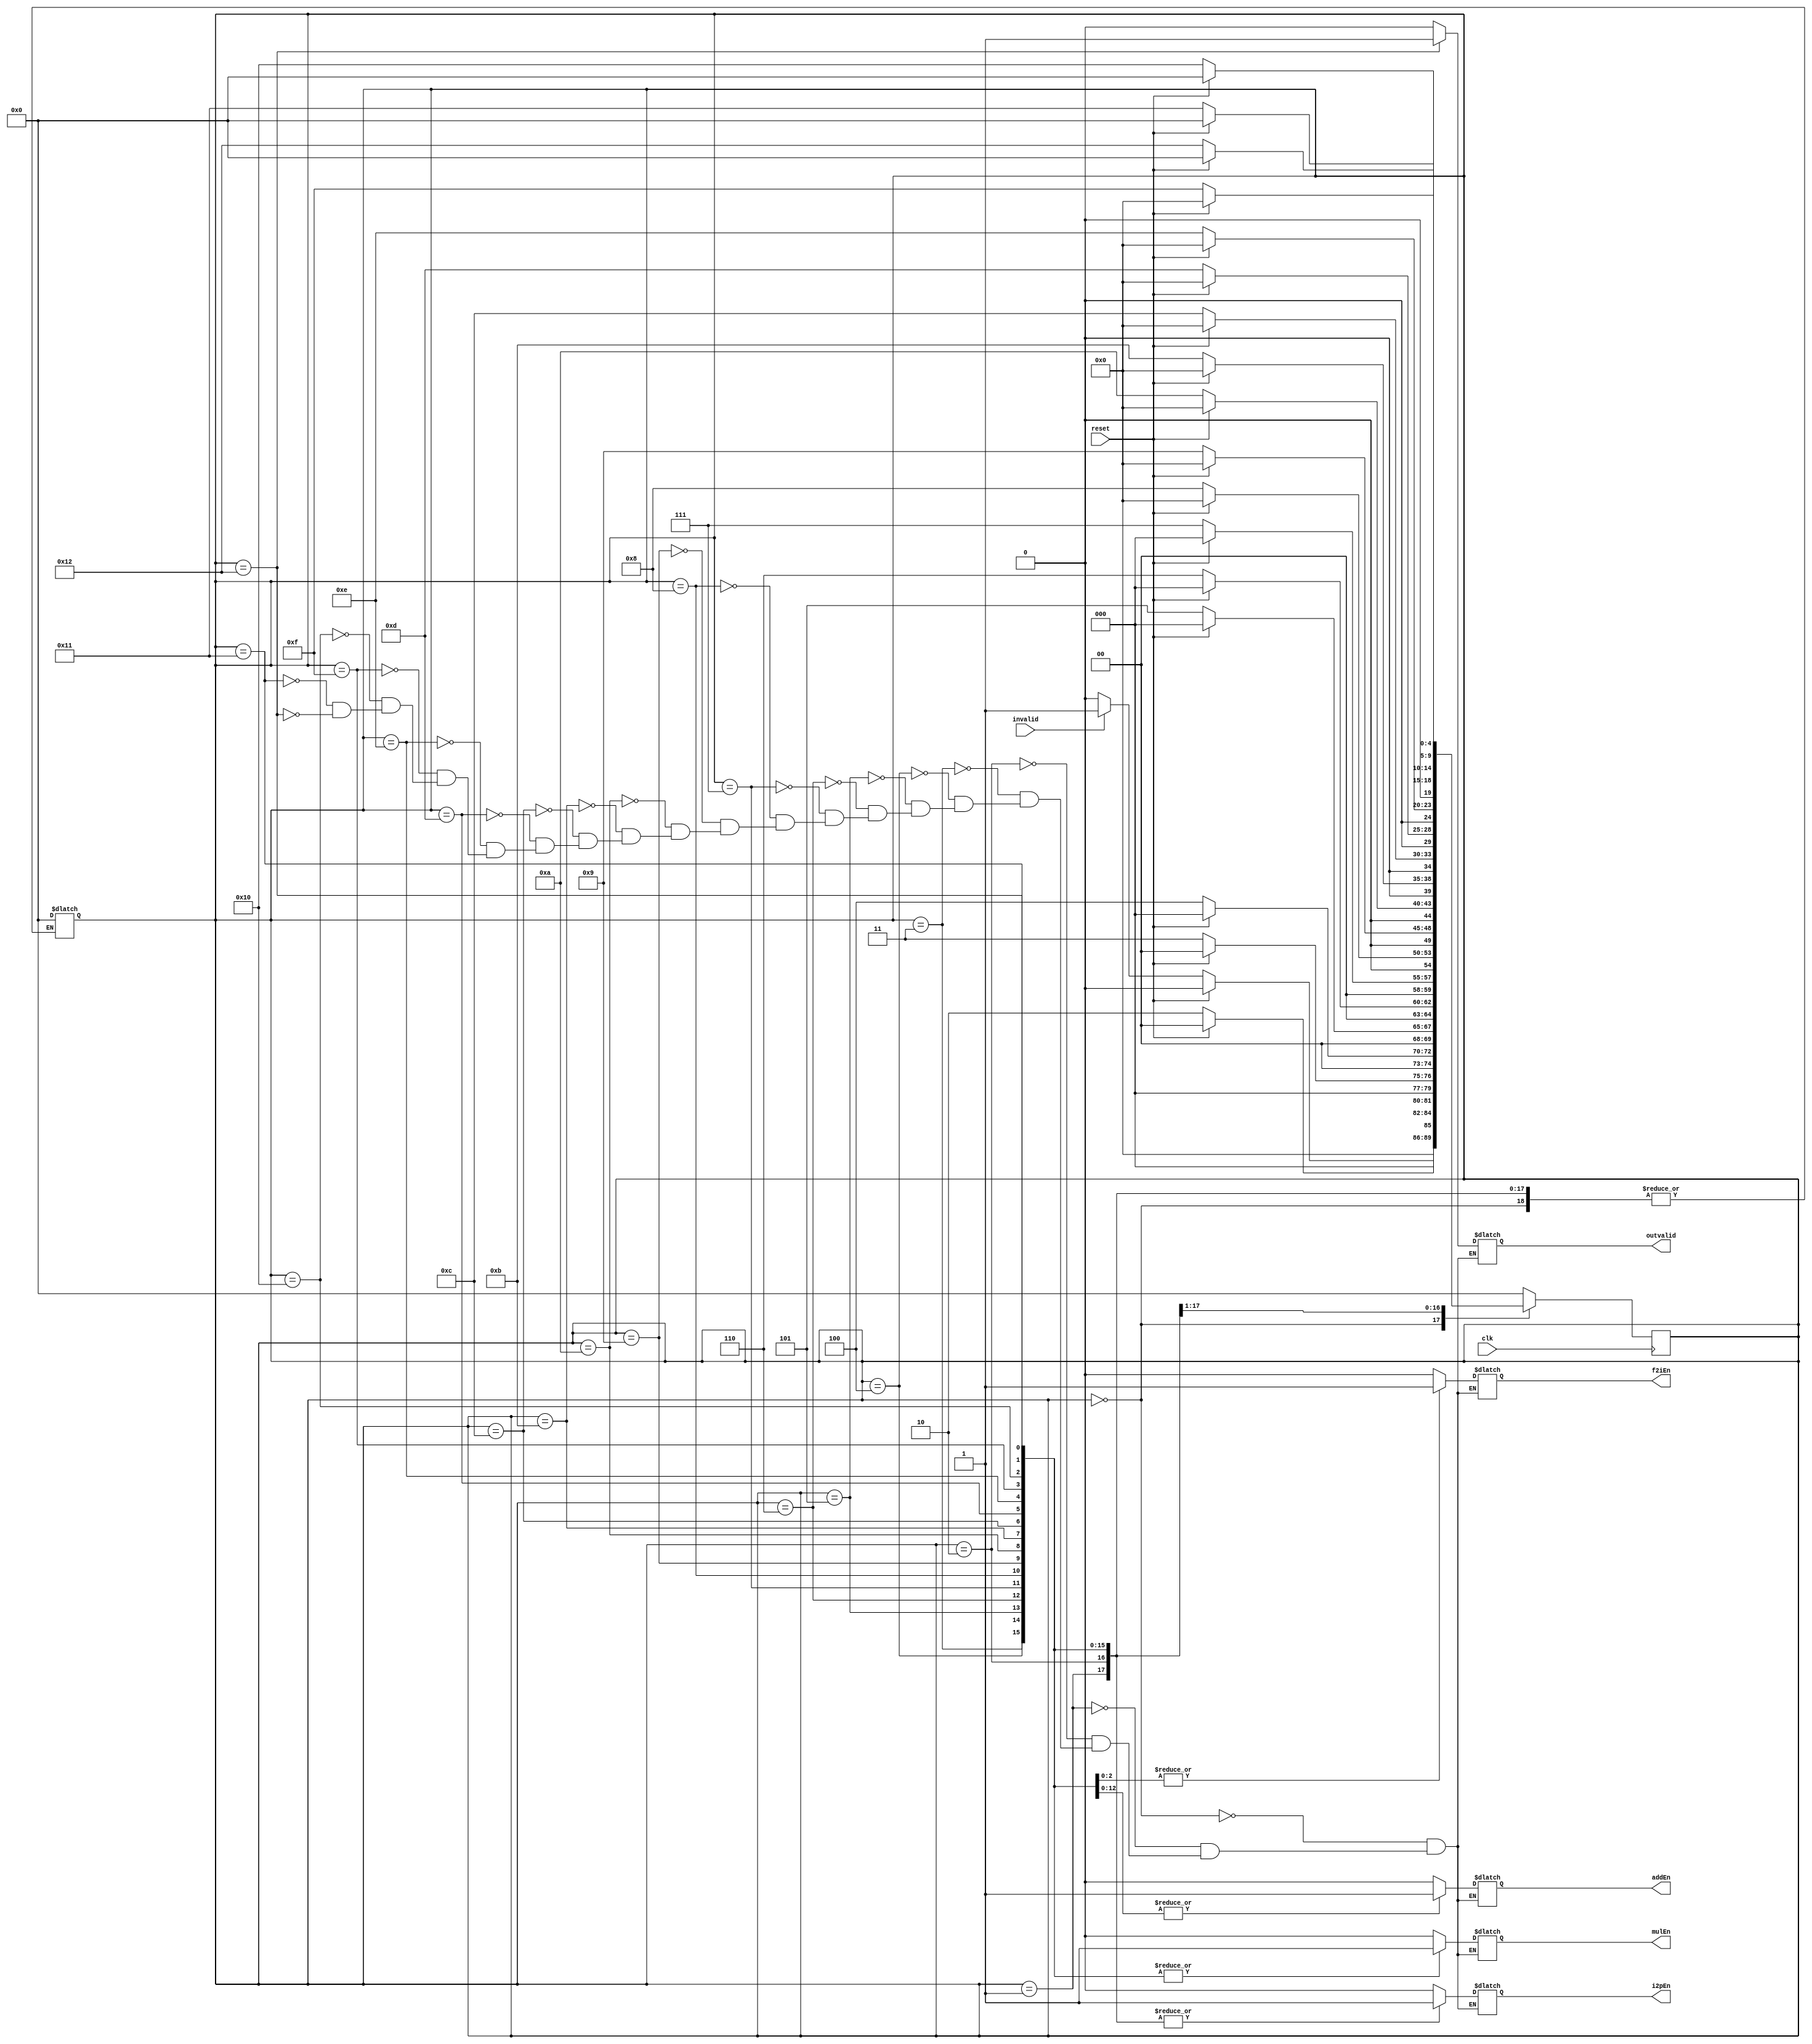
module controller(clk,reset,invalid,i2pEn,mulEn,addEn,f2iEn,outvalid);
  input clk,reset,invalid;
  output reg i2pEn,mulEn,addEn,f2iEn,outvalid;
  
   parameter S0 = 5'b00000;
   parameter S1 = 5'b00001;
   parameter S2 = 5'b00010;
   parameter S3 = 5'b00011;
   parameter S4 = 5'b00100;
   parameter S5 = 5'b00101;
   parameter S6 = 5'b00110;
   parameter S7 = 5'b00111;
   parameter S8 = 5'b01000;
   parameter S9 = 5'b01001;
   parameter S10 = 5'b01010;
   parameter S11 = 5'b01011;
   parameter S12 = 5'b01100;
	parameter S13 = 5'b01101;
	parameter S14 = 5'b01110;
	parameter S15 = 5'b01111;
	parameter S16 = 5'b10000;
	parameter S17 = 5'b10001;
	parameter S18 = 5'b10010;
	
	reg [4:0] Next_State;
  always @(posedge clk) begin
      case (Next_State)
         S0: begin
            if (reset) begin
               Next_State <= S0;
            end
            else if(invalid) begin
               Next_State <= S1;
            end
				else begin
               Next_State <= S0;
            end
         end
         S1: begin
            if (!reset) begin
               Next_State <= S2;
            end
            else begin
               Next_State <= S0;
            end
         end
         S2: begin
            if (!reset) begin
               Next_State <= S3;
            end
            else begin
               Next_State <= S0;
            end
         end
         S3: begin
            if (!reset) begin
               Next_State <= S4;
            end
            else begin
               Next_State <= S0;
            end
         end
         S4: begin
            if (!reset) begin
               Next_State <= S5;
            end
            else begin
               Next_State <= S0;
            end
         end
         S5: begin
            if (!reset) begin
               Next_State <= S6;
            end
            else begin
               Next_State <= S0;
            end
         end
         S6:begin
            if (!reset) begin
               Next_State <= S7;
            end
            else begin
               Next_State <= S0;
            end
         end
         S7: begin
            if (!reset) begin
               Next_State <= S8;
            end
            else begin
               Next_State <= S0;
            end
         end
         S8:begin
            if (!reset) begin
               Next_State <= S9;
            end
            else begin
               Next_State <= S0;
            end
         end
         S9:begin
            if (!reset) begin
               Next_State <= S10;
            end
            else begin
               Next_State <= S0;
            end
         end
         S10:begin
            if (!reset) begin
               Next_State <= S11;
            end
            else begin
               Next_State <= S0;
            end
         end
			S11:begin
            if (!reset) begin
               Next_State <= S12;
            end
            else begin
               Next_State <= S0;
            end
         end
			S12:begin
            if (!reset) begin
               Next_State <= S13;
            end
            else begin
               Next_State <= S0;
            end
         end
			S13:begin
            if (!reset) begin
               Next_State <= S14;
            end
            else begin
               Next_State <= S0;
            end
         end
			S14:begin
            if (!reset) begin
               Next_State <= S15;
            end
            else begin
               Next_State <= S0;
            end
         end
			S15:begin
            if (!reset) begin
               Next_State <= S16;
            end
            else begin
               Next_State <= S0;
            end
         end
			S16:begin
            if (!reset) begin
               Next_State <= S17;
            end
            else begin
               Next_State <= S0;
            end
         end
			S17:begin
            if (!reset) begin
               Next_State <= S18;
            end
            else begin
               Next_State <= S0;
            end
         end
         default: Next_State <= S0;
      endcase
   end
	
	always @(Next_State) begin
      case (Next_State)
         S0: begin /*i2pEn,mulEn,addEn,f2iEn,outvalid*/
            i2pEn  		<=0;
            mulEn 		<=0;
            addEn    	<=0;
            f2iEn  		<=0;
            outvalid    <=0;
         end
         S1: begin
             i2pEn  		<=1;
            mulEn 		<=0;
            addEn    	<=0;
            f2iEn  		<=0;
            outvalid    <=0;
         end
         S2: begin
             i2pEn  		<=1;
            mulEn 		<=0;
            addEn    	<=0;
            f2iEn  		<=0;
            outvalid    <=0;
         end
         S3: begin
             i2pEn  		<=1;
            mulEn 		<=1;
            addEn    	<=0;
            f2iEn  		<=0;
            outvalid    <=0;
         end
         S4: begin
             i2pEn  		<=1;
            mulEn 		<=1;
            addEn    	<=0;
            f2iEn  		<=0;
            outvalid    <=0;
         end
         S5:begin
             i2pEn  		<=1;
            mulEn 		<=1;
            addEn    	<=0;
            f2iEn  		<=0;
            outvalid    <=0;
         end
         S6: begin
             i2pEn  		<=1;
            mulEn 		<=1;
            addEn    	<=1;
            f2iEn  		<=0;
            outvalid    <=0;
         end
         S7: begin
             i2pEn  		<=1;
            mulEn 		<=1;
            addEn    	<=1;
            f2iEn  		<=0;
            outvalid    <=0;
         end
         S8: begin
             i2pEn  		<=1;
            mulEn 		<=1;
            addEn    	<=1;
            f2iEn  		<=0;
            outvalid    <=0;
         end
         S9: begin
             i2pEn  		<=1;
            mulEn 		<=1;
            addEn    	<=1;
            f2iEn  		<=0;
            outvalid    <=0;
         end
         S10: begin
             i2pEn  		<=1;
            mulEn 		<=1;
            addEn    	<=1;
            f2iEn  		<=0;
            outvalid    <=0;
         end
         S11: begin
             i2pEn  		<=1;
            mulEn 		<=1;
            addEn    	<=1;
            f2iEn  		<=0;
            outvalid    <=0;
         end
			S12: begin
             i2pEn  		<=1;
            mulEn 		<=1;
            addEn    	<=1;
            f2iEn  		<=0;
            outvalid    <=0;
         end
			S13: begin
             i2pEn  		<=1;
            mulEn 		<=1;
            addEn    	<=1;
            f2iEn  		<=0;
            outvalid    <=0;
         end
			S14: begin
             i2pEn  		<=1;
            mulEn 		<=1;
            addEn    	<=1;
            f2iEn  		<=0;
            outvalid    <=0;
         end
			S15: begin
             i2pEn  		<=1;
            mulEn 		<=1;
            addEn    	<=1;
            f2iEn  		<=0;
            outvalid    <=0;
         end
			S16: begin
             i2pEn  		<=1;
            mulEn 		<=1;
            addEn    	<=1;
            f2iEn  		<=1;
            outvalid    <=0;
         end
			S17: begin
             i2pEn  		<=1;
            mulEn 		<=1;
            addEn    	<=1;
            f2iEn  		<=1;
            outvalid    <=0;
         end
			S18: begin
             i2pEn  		<=1;
            mulEn 		<=1;
            addEn    	<=1;
            f2iEn  		<=1;
            outvalid    <=1;
         end
         default: Next_State = S0;
      endcase
   end
endmodule